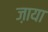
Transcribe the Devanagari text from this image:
ज़ाया